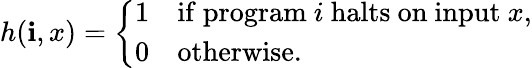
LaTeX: h(\mathbf{i},x)={\left\{ \begin{array}{ll}{1}&{{\mathrm{if~}}{\mathrm{program~}}i{\mathrm{~halts~on~input~}}x,}\\ {0}&{{\mathrm{otherwise.}}}\end{array}\right.}